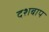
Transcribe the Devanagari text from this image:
दशबाप